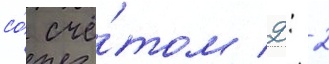
со́ счё́том 2: 2